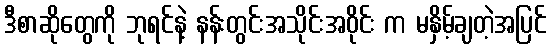
ဒီစာဆိုတွေကို ဘုရင်နဲ့ နန်းတွင်းအသိုင်းအဝိုင်း က မနှိမ့်ချတဲ့အပြင်